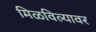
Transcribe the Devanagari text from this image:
मिळविल्यावर